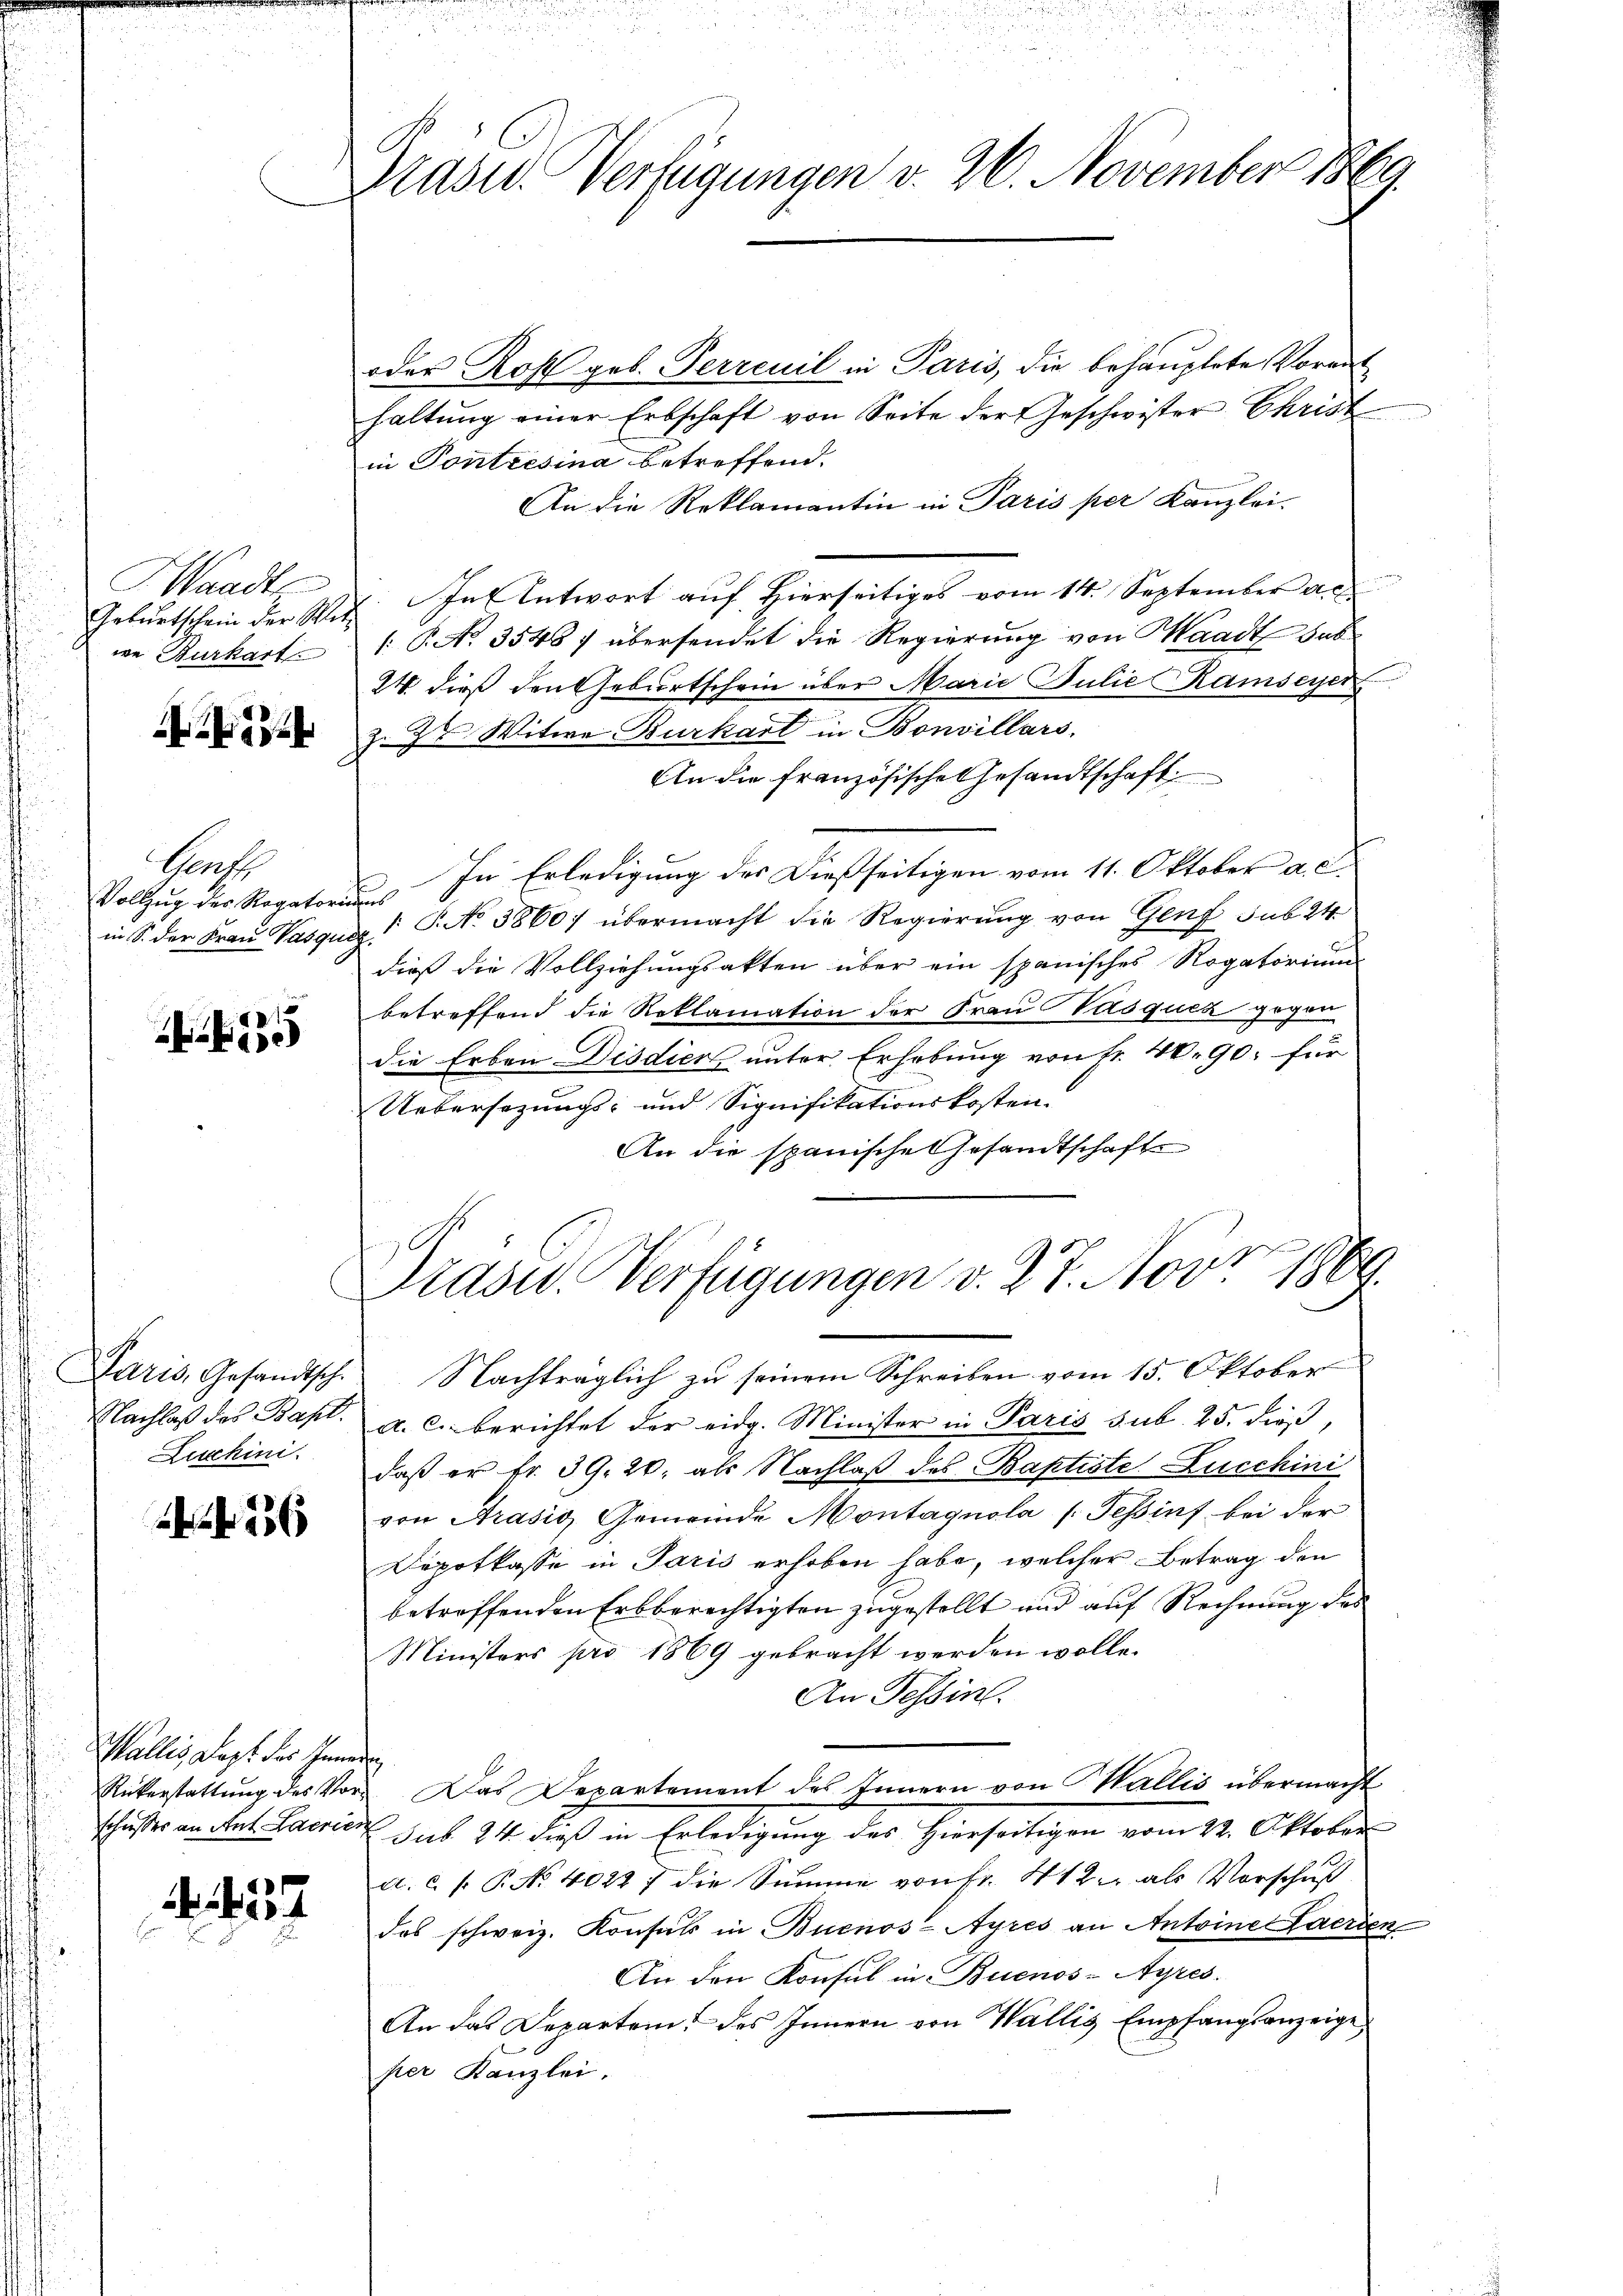
Waadt

23

Graf
Vollzug der Regatoriums

55

Paris, Gesandtsch.
Nachlaß des Bapt.
Zuchini

236

Wallis sagt des Innern

237

Kasid. Verfügungen v. 26. November 1869.

oder Rof geb. Perrenil in Paris, die behauptete Voranthaltung einer Erbschaft von Seite der Geschwister Christ
in Pontresina betreffend.
An die Reklamantin in Paris per Kanzlei-
Gebŭrtschein der Wit. In Antwort auf hierseitiges vom 14. September a.c.
we Burkart 1. P. No 3548) übersendet die Regierung von Waadt sub
24 dieß den Geburtschein über Marie Julie Ramseyen
z. Er Witwe Burkart in Bonvillars.
An die Französische Gesandtschaft
In Erledigung des Dießseitigen vom 11. Oktober a. c.
in S. der Frau Vasquas  P. No. 58607 übermacht die Regierung von Genf sub 24.
dieß die Vollziehungsakten über ein spanisches Rogatorium
betreffend die Reklamation der Frau Vasquck gegen
die Erben-Disdien unter Erhebung von Fr. 40. 90. für
Uebersezungs- und Signifikationskosten.
An die spanische Gesandtschafts

Präsid. Verfügungen v. 27. Nov 1869.

Nachträglich zu seinem Schreiben vom 15. Oktober
a. c. berichtet der eidg. Minister in Paris sub. 25. dieß,
daß er fr. 39. 20. als Nachlaß des Baptiste Lucchini
von Brasis, Gemeinde Montagnola (Tessint bei der
Depotkasse in Paris erhoben habe, welcher Betrag den
betreffenden Erbberechtigten zugestellt und auf Rechnung des
Ministers pro 1869 gebracht werden wolle.
An Tessin.
Rükerstattŭng des Vor- Das Departement des Innern von Wallis übermacht
Schuster an des Carrier sub 14 dieß in Erledigung des hierseitigen vom 12. Oktober
A. C. P. P. No 40227 die Summe von Fr. 412 als Vorschuß
das schweiz. Konsuls in Buenos-Ayres an Antoine Haerien
An den Konsul in Buenos-Ayres.
An das Departem des Innern von Wallis Empfangsanzeige
per Kanzlei.